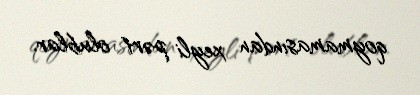
qoymamasından xeyli pərt olublar.